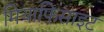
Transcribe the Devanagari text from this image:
मियाफिसाइट